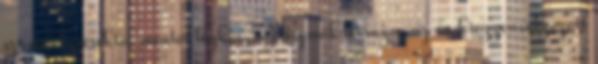
számonkérésektől mentes légkör, a játszmák hiánya, az én kiegyensúlyozott